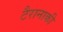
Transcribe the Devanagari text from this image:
टैरानाकी